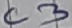
Text: C3